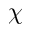
\chi